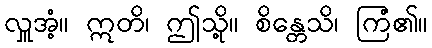
လှူအံ့။ ဣတိ၊ ဤသို့။ စိန္တေသိ၊ ကြံ၏။